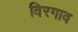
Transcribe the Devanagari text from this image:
विरगाव